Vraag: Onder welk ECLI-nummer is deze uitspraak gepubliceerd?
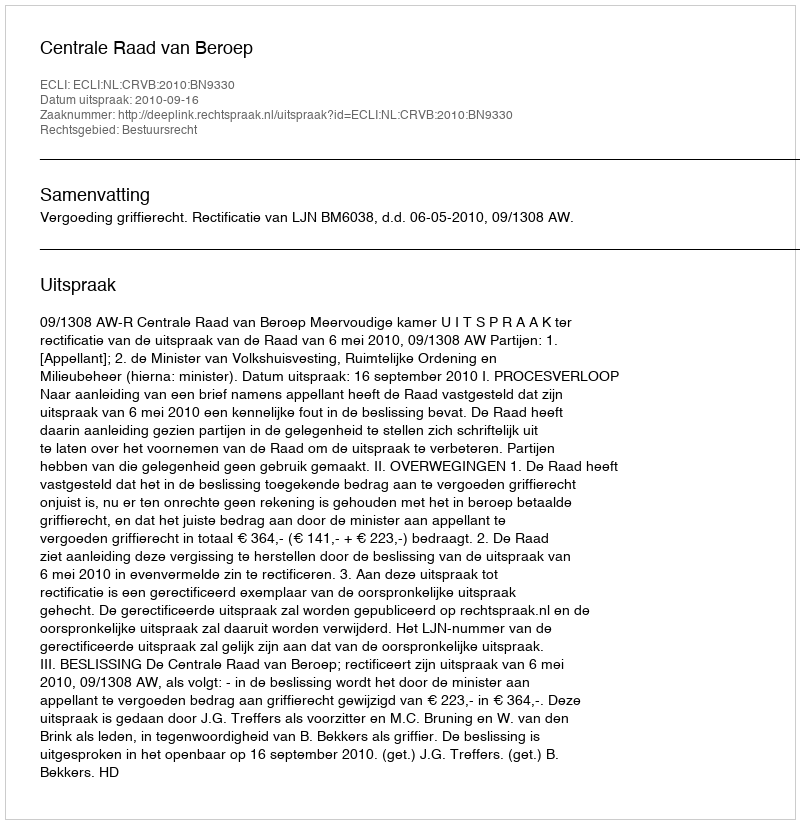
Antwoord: ECLI:NL:CRVB:2010:BN9330